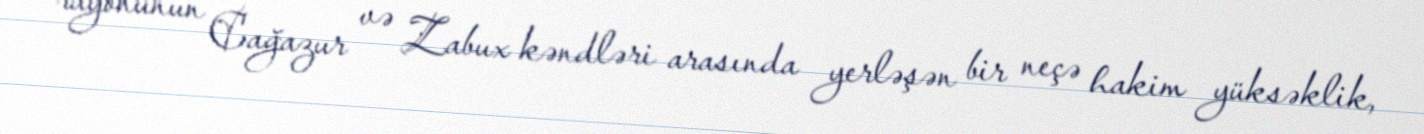
rayonunun Cağazur və Zabux kəndləri arasında yerləşən bir neçə hakim yüksəklik,